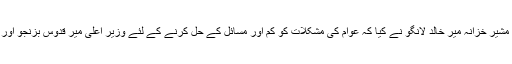
وزیراعلی کے اچانک دوروں کو خیر مقدم کرتے ہوئے سابق مشیر خزانہ میر خالد لانگو نے کیا کہ عوام کی مشکلات کو کم اور مسائل کے حل کرنے کے لئے وزیر اعلی میر قدوس بزنجو اور ان کی ٹیم جس طرح اقدامات اٹھارہے ہیں وہ قابل تحسین ہیں ۔